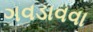
ગવડાવવા